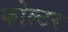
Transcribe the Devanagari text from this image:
कोल्टर